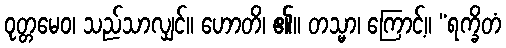
ဝုတ္တမေဝ၊ သည်သာလျှင်။ ဟောတိ၊ ၏။ တသ္မာ၊ ကြောင့်။ “ရက္ခိတံ